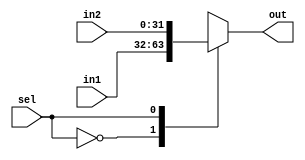
module mux #(parameter width=32)(
    input [width-1:0]in1,
    input [width-1:0]in2,
    input sel,
    output reg[width-1:0]out
);
always @(*) begin
    case (sel)
        1'b0:out=in1; 
        1'b1:out=in2;
        default:out=1'bx; 
    endcase
end
endmodule